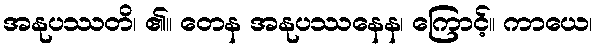
အနုပဿတိ၊ ၏။ တေန အနုပဿနေန၊ ကြောင့်။ ကာယေ၊